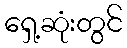
ရှေ့ဆုံးတွင်